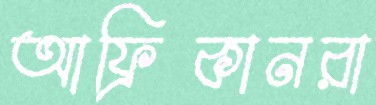
আফ্রিকানরা